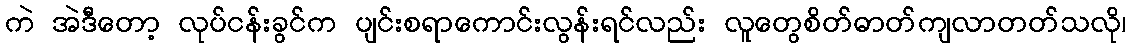
ကဲ အဲဒီတော့ လုပ်ငန်းခွင်က ပျင်းစရာကောင်းလွန်းရင်လည်း လူတွေစိတ်ဓာတ်ကျလာတတ်သလို၊